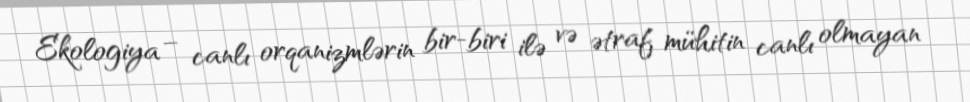
Ekologiya – canlı orqanizmlərin bir-biri ilə və ətraf mühitin canlı olmayan